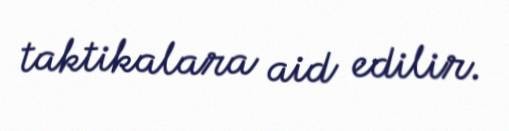
taktikalara aid edilir.